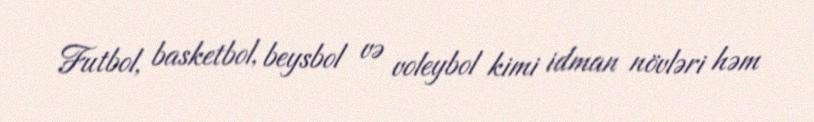
Futbol, basketbol, beysbol və voleybol kimi idman növləri həm